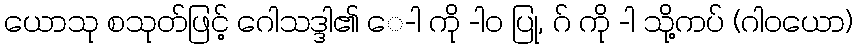
ယောသု စသုတ်ဖြင့် ဂေါသဒ္ဒါ၏ ေ-ါ ကို -ါဝ ပြု, ဂ် ကို -ါ သို့ကပ် (ဂါဝယော)